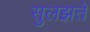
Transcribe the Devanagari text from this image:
सुलझते